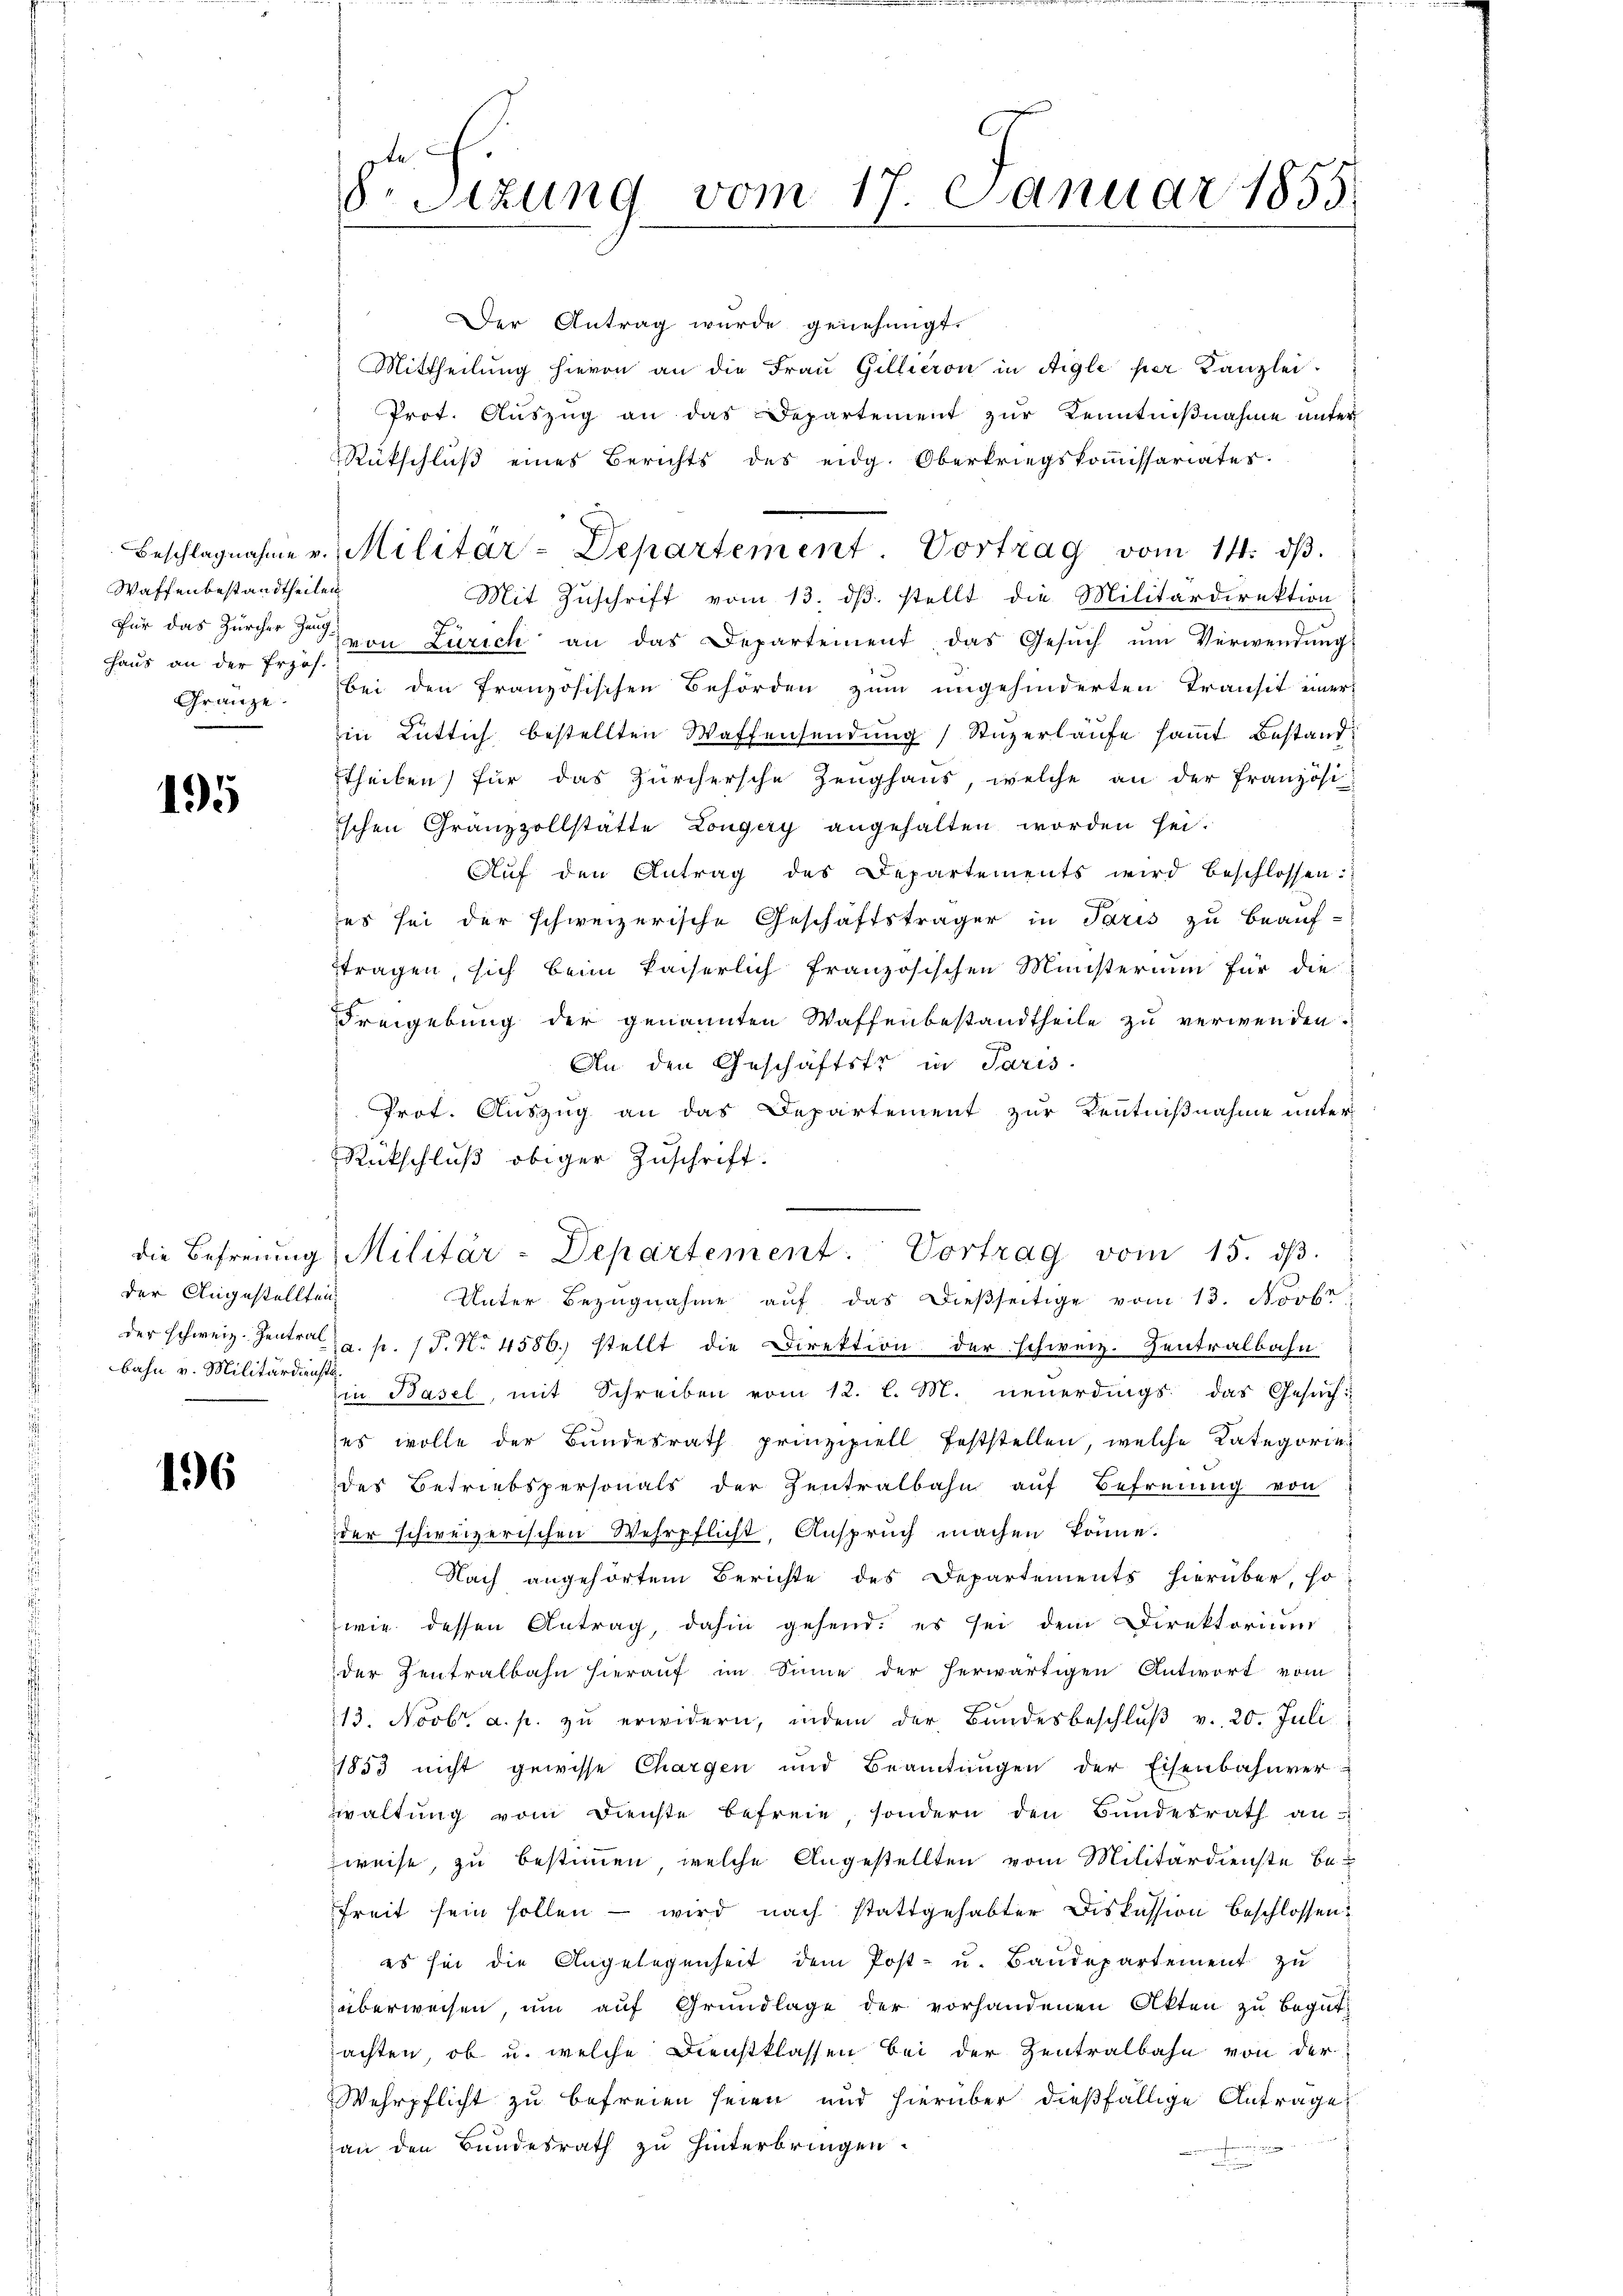
Waffenbestandtheilen
hhaus an der Erzös.

195

der Angestellten
bahn v. Militärdienste.

16

8 Sizung vom 17. Januar 1855

Der Antrag wurde genehmigt.
Mittheilung hievon an die Frau Gillieron in Aigle per Kanzlei.
Prot. Auszug an das Departement zur Kenntnißnahme unter
Rückschluß eines Berichts des eidg. Oberkriegskommissariater.
Mit Zuschrift vom 13. ds. stellt die Militärdirektion
Für das Zürcher davon Zürich an das Departement, das Gesŭch ŭm Verwendŭng
Gränze. bei den französischen Behörden zum ungehinderten Transit einer
in Lüttich bestellten Waffensendung Stüzerlaufe samt Bestand
theilen für das Zürchersche Zeughaus, welche an der Französi-
ischen Gränzzollstätte Longery angehalten worden sei.
Aŭf den Antrag des Departements wird beschlossen.
es sei der schweizerische Geschäftsträger in Paris zu beauf-
ftragen, sich beim kaiserlich französischen Ministerium für die
Freigebung der genannten Waffenbestandtheile zu verwenden.
An den Geschäftstr in Paris.
Prot. Auszug an das Departement zur Kenntnißnahme unter
Unter Bezugnahme auf das dießseitige vom 13. Novbr
der schweiz. Zentrala. p. 1. No. 4586. stellt die Direktion der schweiz. Zentralbahn
Ein Basel, mit Schreiben vom 12. l. M. neuerdings das Gesuch-
ses wolle der Bundesrath prinzipiell feststellen, welche Kategorie
des Betriebspersonals der Zentralbahn auf Befreiung von
der schweizerischen Wehrpflicht, Ansprŭch machen könne.
Nach angehörtem Berichte des Departements hierüber, so
wie dessen Antrag, dahin gehend, es sei dem Direktorium
der Zentralbahn hierauf im Sinne der herwärtigen Antwort vom
13. Novbr. a. p. zu erwidern, indem der Bundesbeschluß v. 20. Juli
1853 nicht gewisse Chargen und Beamtŭngen der Eisenbahnver-
waltŭng vom Dienste befreie, sondern den Bŭndesrath an-
weise, zu bestimmen, welche Angestellten vom Militärdienste be-
freit sein sollen - wird nach stattgehabter Diskussion beschlossen
es sei die Angelegenheit dem Post- u. Baŭdepartement zu
überweisen, um auf Grundlage der vorhandenen Akten zu begut-
pachten, ob u. welche Dienstklassen bei der Zentralbahn von der
Wehrpflicht zu befreien seien und hierüber dießfällige Antrage

an den Bundesrath zu hinterbringen.

Beschlagnahme v. Militar-Departement Vortrag vom 14. dβ.

Rückschluß obiger Zuschrift.
die Befreiung Militär-Departement. Vortrag vom 15. dβ.